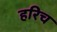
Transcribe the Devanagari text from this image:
हरिच